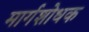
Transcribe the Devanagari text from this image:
मार्गशोधक